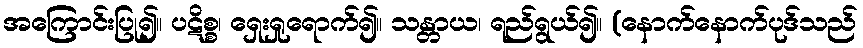
အကြောင်းပြု၍။ ပဋိစ္စ၊ ရှေးရှုရောက်၍။ သန္တာယ၊ ရည်ရွယ်၍။ (နောက်နောက်ပုဒ်သည်